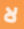
لا